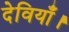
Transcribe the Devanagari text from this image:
देवियाँ।